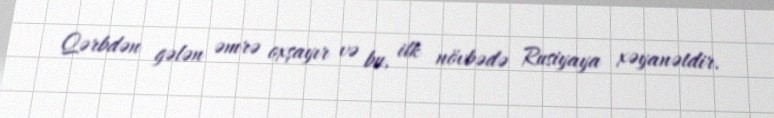
Qərbdən gələn əmrə oxşayır və bu, ilk növbədə Rusiyaya xəyanətdir.